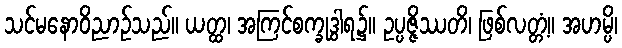
သင်မနောဝိညာဉ်သည်။ ယတ္ထ၊ အကြင်စက္ခုဒွါရ၌။ ဥပ္ပဇ္ဇိဿတိ၊ ဖြစ်လတ္တံ့။ အဟမ္ပိ၊